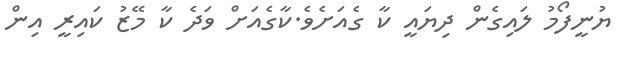
ޔުނީފޯމު ލައިގެން ދިޔައީ ކާ ގެއަށެވެ.ކާގެއަށް ވަދެ ކާ މޭޒު ކައިރީ އިން